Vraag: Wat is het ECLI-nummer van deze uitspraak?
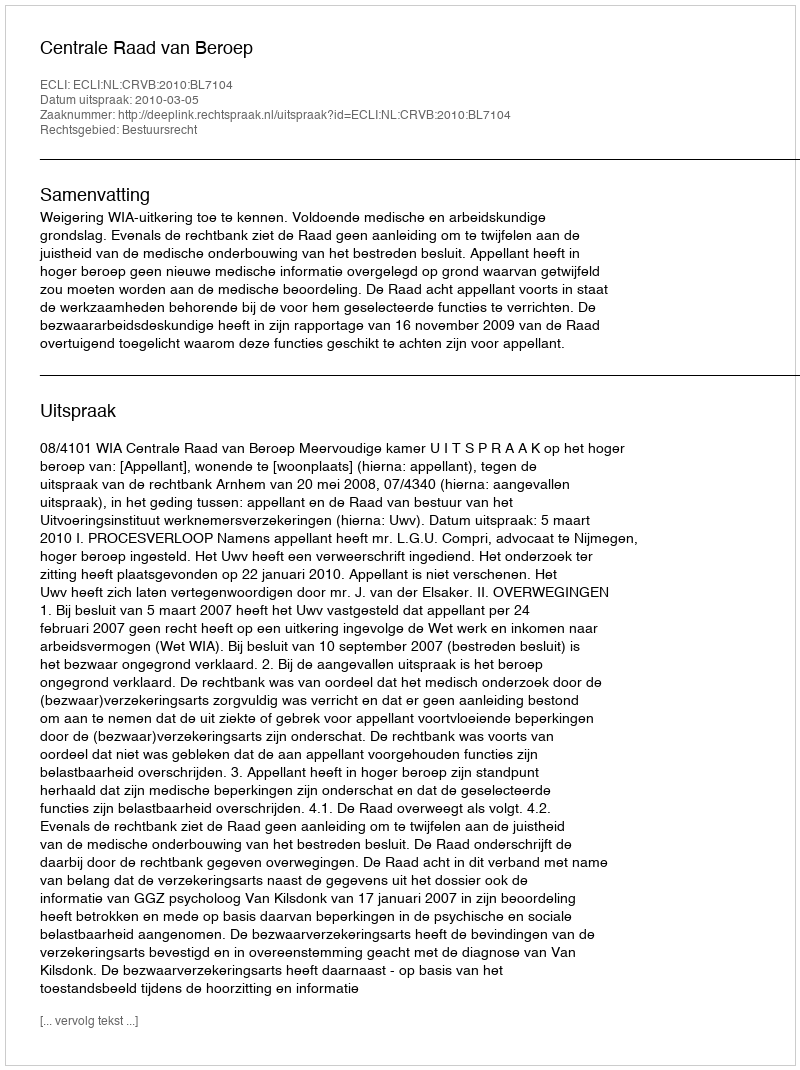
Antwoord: ECLI:NL:CRVB:2010:BL7104